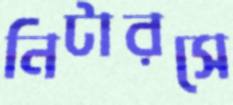
নিটারসে